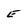
Character: E